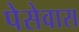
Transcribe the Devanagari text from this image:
पेसेवास